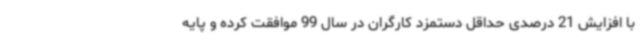
با افزایش 21 درصدی حداقل دستمزد کارگران در سال 99 موافقت کرده و پایه